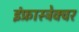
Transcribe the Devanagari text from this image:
इंफ्रास्ट्रेक्चर